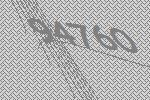
94760